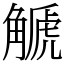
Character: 䚦